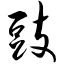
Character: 豉